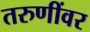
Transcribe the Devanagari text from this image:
तरुणींवर